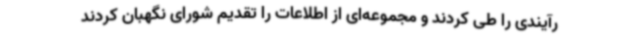
رآیندی را طی کردند و مجموعه‌ای از اطلاعات را تقدیم شورای نگهبان کردند